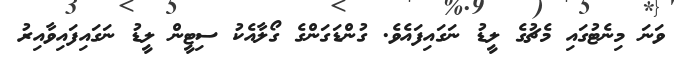
ވަނަ މިނެޓުގައި މެޗުގެ ލީޑު ނަގައިފައެވެ. ގުންޑަގަންގެ ގޯލާއެކު ސިޓީން ލީޑު ނަގައިފައިވާއިރު